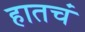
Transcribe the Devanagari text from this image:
हातचं